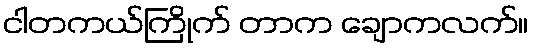
ငါတကယ်ကြိုက် တာက ချောကလက်။